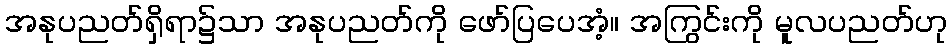
အနုပညတ်ရှိရာ၌သာ အနုပညတ်ကို ဖော်ပြပေအံ့။ အကြွင်းကို မူလပညတ်ဟု